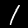
Label: 1